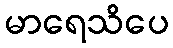
မာရေသိပေ